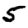
Digit: 5